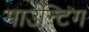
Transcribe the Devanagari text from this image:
माउन्टिंग